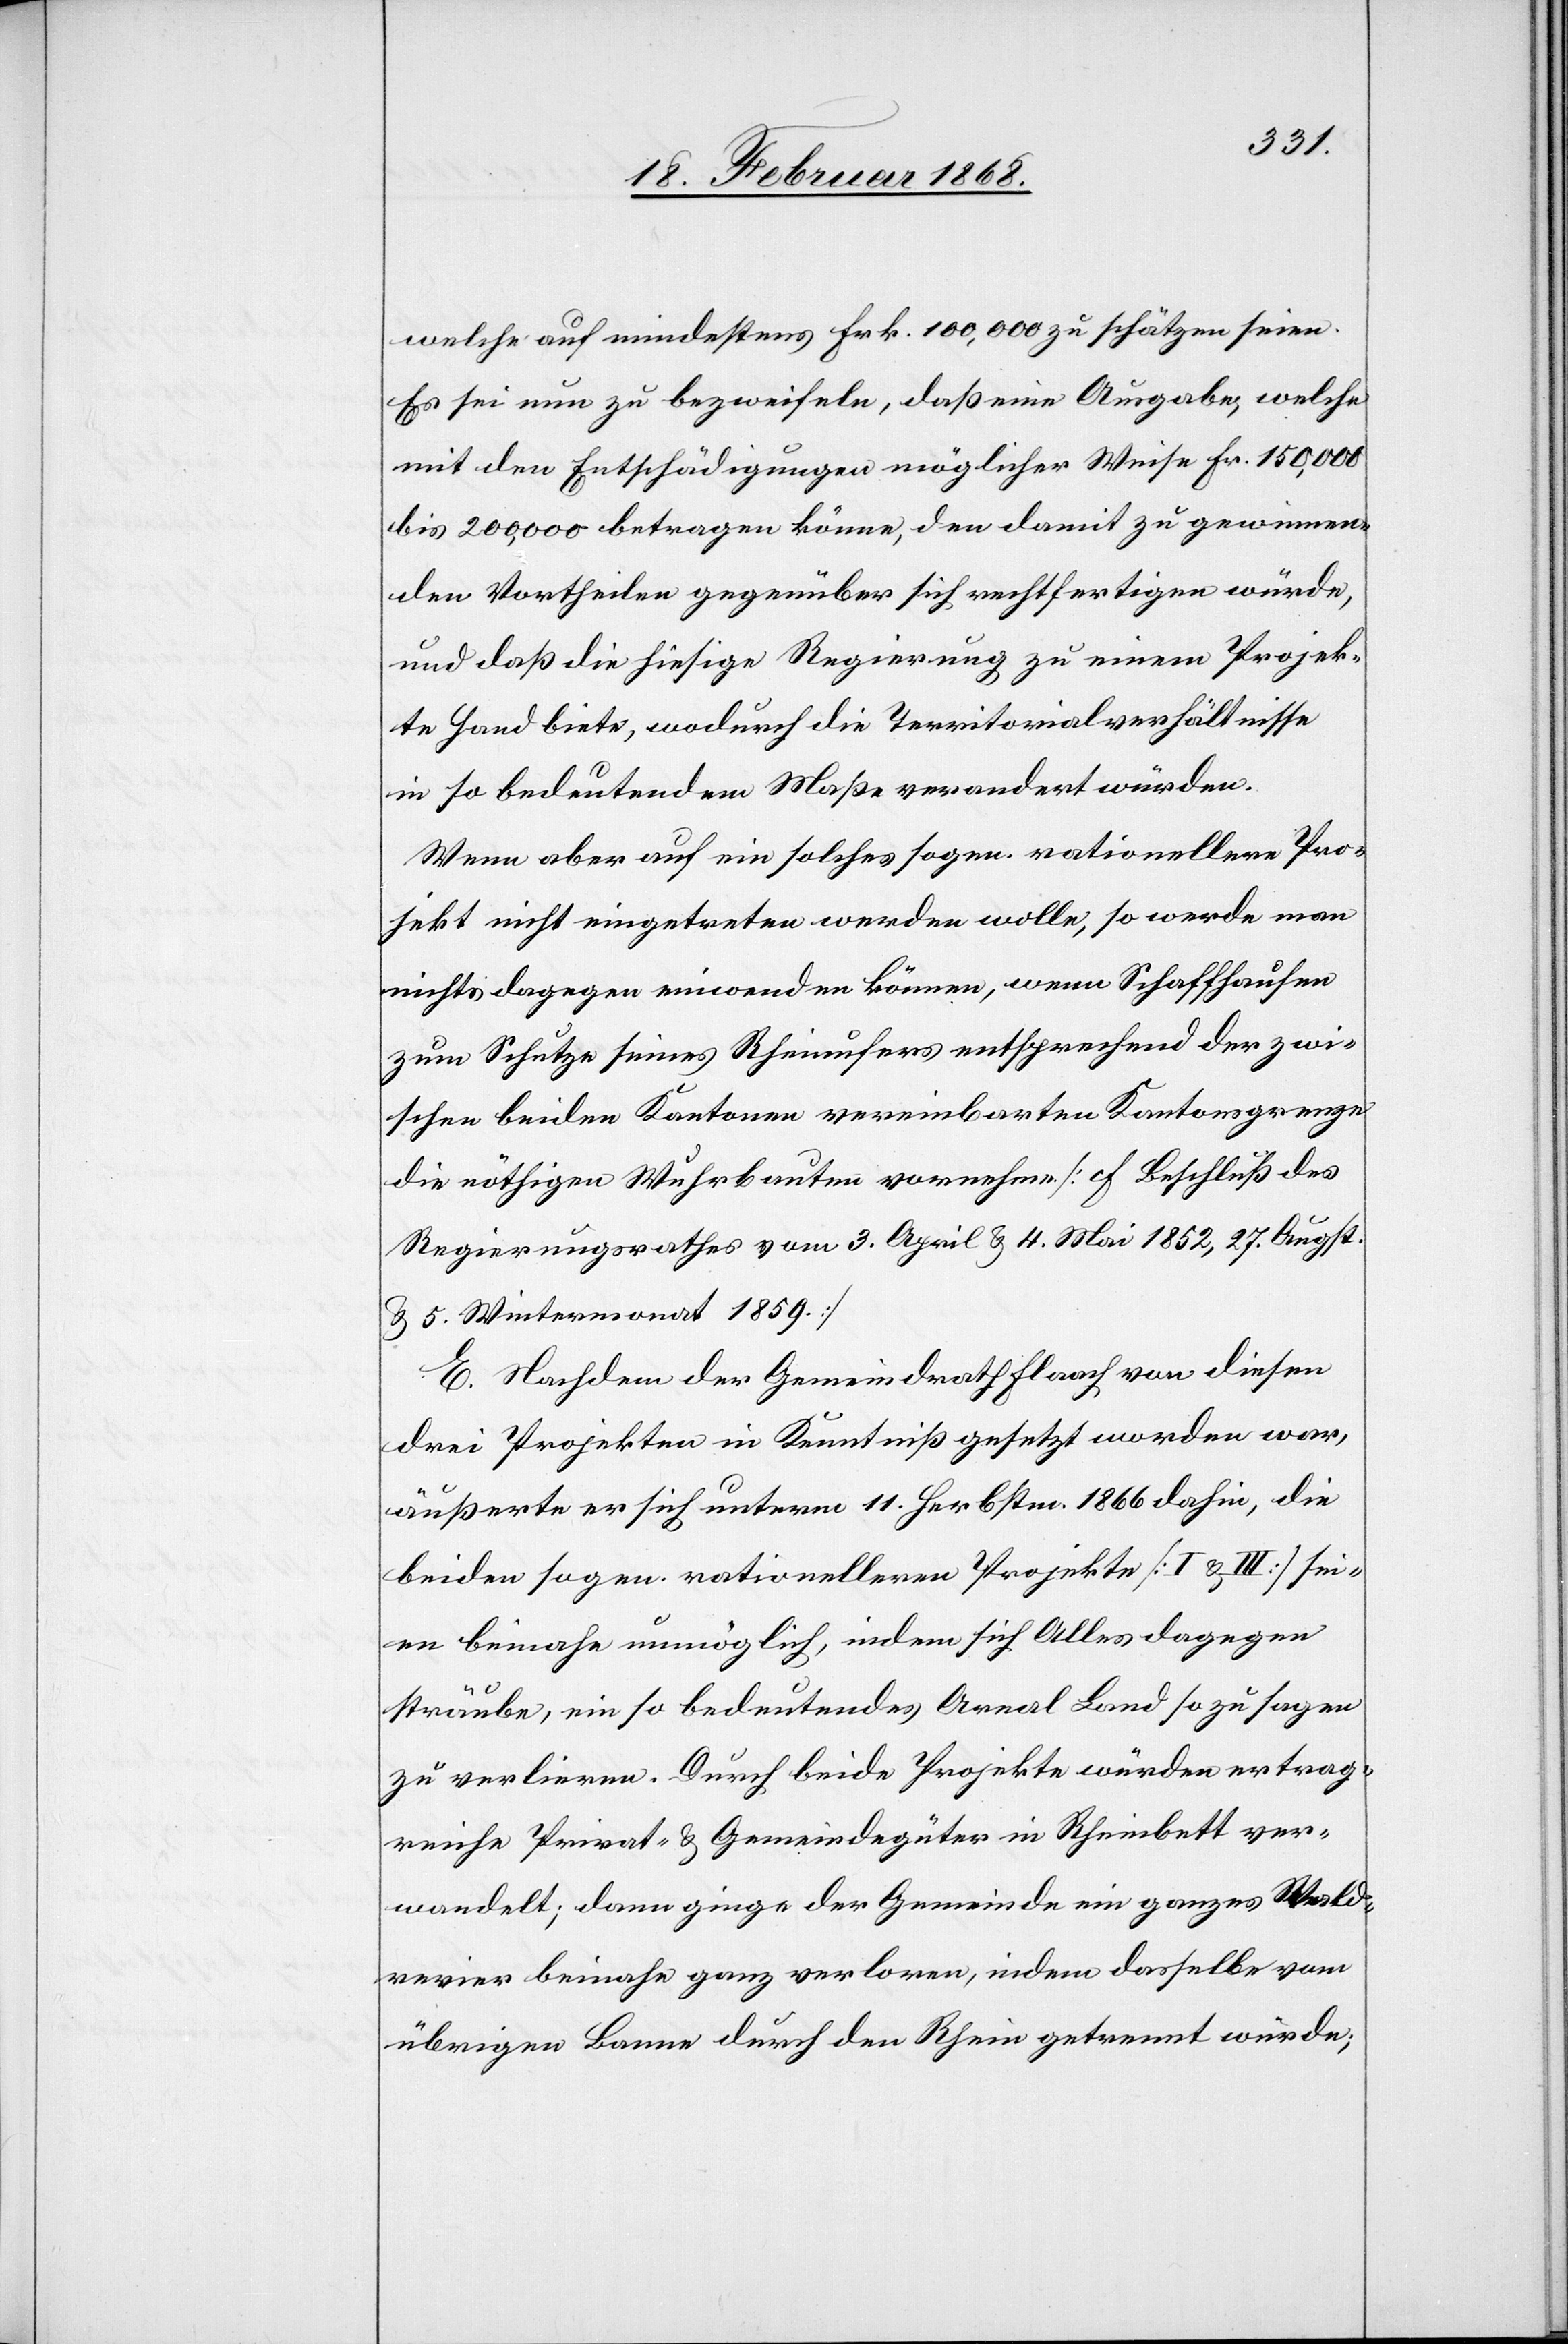
welche auf mindestens Frk. 100,000 zu schätzen seien.
Es sei nun zu bezweifeln, daß eine Ausgabe, welche
mit den Entschädigungen möglicher Weise Fr. 150,000
bis 200,000 betragen könne, den damit zu gewinnen¬
den Vortheilen gegenüber sich rechtfertigen würde,
und daß die hiesige Regierung zu einem Projek¬
te Hand biete, wodurch die Territorialverhältnisse
in so bedeutendem Maße verandert [sic!] würden.
Wenn aber auf ein solches sogen. rationellere[s] Pro¬
jekt nicht eingetreten werden wolle, so werde man
nichts dagegen einwenden können, wenn Schaffhausen
zum Schutze seines Rheinufers entsprechend der zwi¬
schen beiden Kantonen vereinbarten Kantonsgrenze
die nöthigen Wuhrbauten vornehme [F [recte: S.] Beschluß des
Regierungsrathes vom 3. April & 4. Mai 1852, 27. Augst.
& 5. Wintermonat 1859.]
E. Nachdem der Gemeindrath Flaach von diesen
drei Projekten in Kenntniß gesetzt worden war,
äußerte er sich unterm 11. Herbstm. 1866 dahin, die
beiden sogen. rationelleren Projekte [I & III] sei¬
en beinahe unmöglich, indem sich Alles dagegen
sträube, ein so bedeutendes Areal Land so zu sagen
zu verlieren. Durch beide Projekte würden ertrag¬
reiche Privat- & Gemeindegüter in Rheinbett ver¬
wandelt; dann ginge der Gemeinde ein ganzes Wald¬
revier beinahe ganz verloren, indem dasselbe vom
übrigen Banne durch den Rhein getrennt würde;